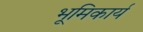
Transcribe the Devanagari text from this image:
भूमिकार्य